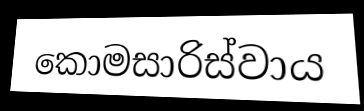
කොමසාරිස්වාය